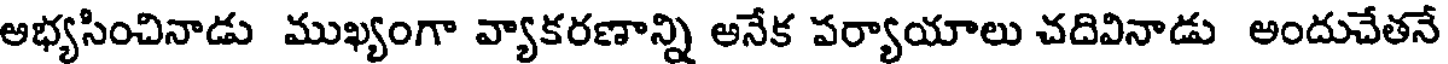
అభ్యసించినాడు ముఖ్యంగా వ్యాకరణాన్ని అనేక పర్యాయాలు చదివినాడు అందుచేతనే